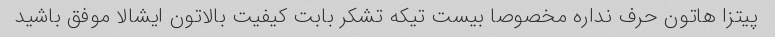
پیتزا هاتون حرف نداره مخصوصا بیست تیکه تشکر بابت کیفیت بالاتون ایشالا موفق باشید